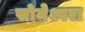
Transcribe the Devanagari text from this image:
सोमेश्वरा